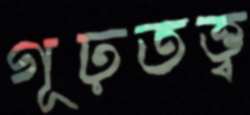
গূঢ়তত্ত্ব